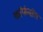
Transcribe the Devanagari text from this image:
कॉर्फबॉल